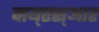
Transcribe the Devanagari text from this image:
वाय्‌एस्‌आर